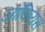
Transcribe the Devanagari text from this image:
जॉकियस